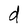
Character: d